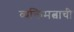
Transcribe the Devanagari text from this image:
व्यक्तिमत्वाची